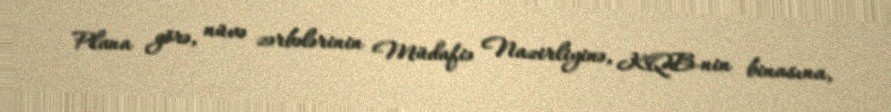
Plana görə, nüvə zərbələrinin Müdafiə Nazirliyinə, KQB-nin binasına,